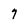
Character: 7